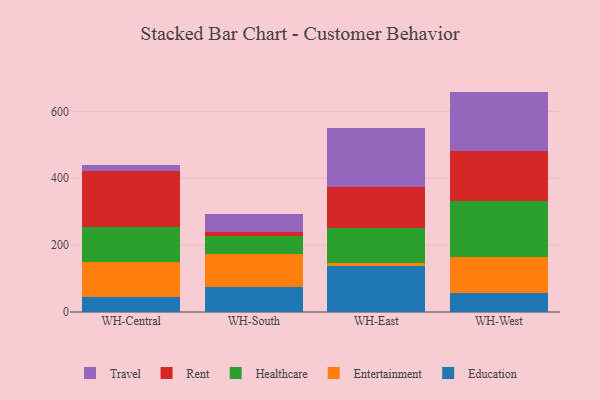
{"axis": {"x": "Warehouse", "y": "Waste Production (Tons)"}, "legend": ["Education", "Entertainment", "Healthcare", "Rent", "Travel"], "data": [{"x": "WH-Central", "y": 45.3, "type": "Education"}, {"x": "WH-Central", "y": 104.2, "type": "Entertainment"}, {"x": "WH-Central", "y": 105.9, "type": "Healthcare"}, {"x": "WH-Central", "y": 165.0, "type": "Rent"}, {"x": "WH-Central", "y": 18.4, "type": "Travel"}, {"x": "WH-South", "y": 75.8, "type": "Education"}, {"x": "WH-South", "y": 97.9, "type": "Entertainment"}, {"x": "WH-South", "y": 54.9, "type": "Healthcare"}, {"x": "WH-South", "y": 9.4, "type": "Rent"}, {"x": "WH-South", "y": 55.8, "type": "Travel"}, {"x": "WH-East", "y": 137.7, "type": "Education"}, {"x": "WH-East", "y": 7.8, "type": "Entertainment"}, {"x": "WH-East", "y": 106.8, "type": "Healthcare"}, {"x": "WH-East", "y": 121.0, "type": "Rent"}, {"x": "WH-East", "y": 177.0, "type": "Travel"}, {"x": "WH-West", "y": 55.4, "type": "Education"}, {"x": "WH-West", "y": 110.5, "type": "Entertainment"}, {"x": "WH-West", "y": 165.3, "type": "Healthcare"}, {"x": "WH-West", "y": 148.8, "type": "Rent"}, {"x": "WH-West", "y": 179.0, "type": "Travel"}]}